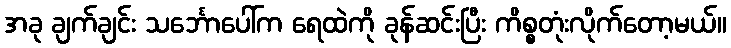
အခု ချက်ချင်း သင်္ဘောပေါ်က ရေထဲကို ခုန်ဆင်းပြီး ကိစ္စတုံးလိုက်တော့မယ်။